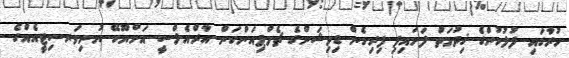
ހުރާގައި ފުލުހުންގެ ޚިދުމަތް ފަށައިފި ފިރިހެން ޑިވިޝަންގެ ޗެމްޕިއަންކަން އާރްއެލްސީ އަށްޔޫކޭ ޔުނިވަރސިޓީއެއްގެ